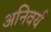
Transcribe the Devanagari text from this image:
अनिवर्य